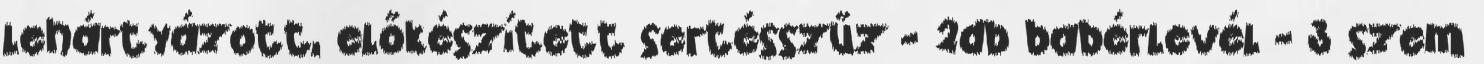
lehártyázott, előkészített sertésszűz - 2db babérlevél - 3 szem